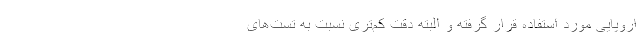
اروپایی مورد استفاده قرار گرفته و البته دقت کم‌تری نسبت به تست‌های